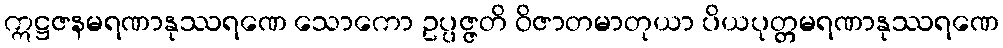
ဣဋ္ဌဇနမရဏာနုဿရဏေ သောကော ဥပ္ပဇ္ဇတိ ဝိဇာတမာတုယာ ပိယပုတ္တမရဏာနုဿရဏေ